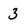
Character: 3